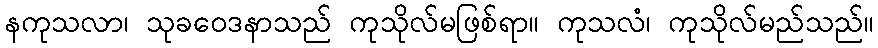
နကုသလာ၊ သုခဝေဒနာသည် ကုသိုလ်မဖြစ်ရာ။ ကုသလံ၊ ကုသိုလ်မည်သည်။